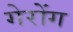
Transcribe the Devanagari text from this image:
गेरोंग